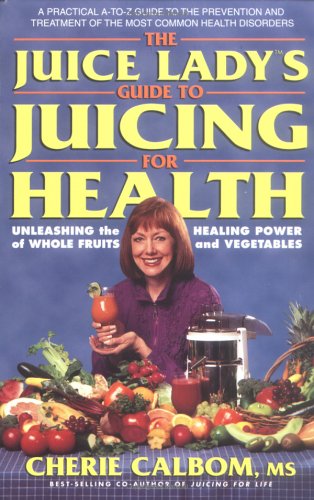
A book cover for The Juice Lady's Guide to Juicing for Health (Avery Health Guides); Cherie Calbom; Cookbooks, Food & Wine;